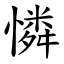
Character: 憐